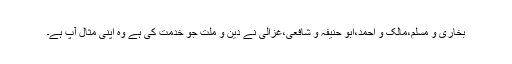
بخاری و مسلم،مالک و احمد،ابو حنیفہ و شافعی،غزالی نے دین و ملت جو خدمت کی ہے وہ اپنی مثال آپ ہے۔